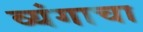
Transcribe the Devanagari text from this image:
व्यंगाचा